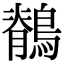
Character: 鶺